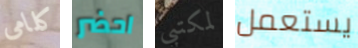
كلامى احضر لمكتبي يستعمل